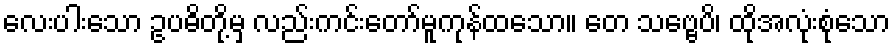
လေးပါးသော ဥပဓိတို့မှ လည်းကင်းတော်မူကုန်ထသော။ တေ သဗ္ဗေပိ၊ ထိုအလုံးစုံသော